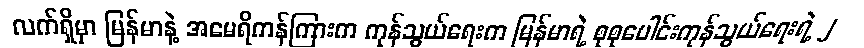
လက်ရှိမှာ မြန်မာနဲ့ အမေရိကန်ကြားက ကုန်သွယ်ရေးက မြန်မာရဲ့ စုစုပေါင်းကုန်သွယ်ရေးရဲ့ ၂